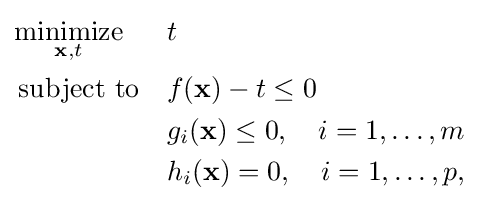
{\begin{aligned}&{\underset {\mathbf {x} ,t}{\operatorname {minimize} }}&&t\\&\operatorname {subject\ to} &&f(\mathbf {x} )-t\leq 0\\&&&g_{i}(\mathbf {x} )\leq 0,\quad i=1,\dots ,m\\&&&h_{i}(\mathbf {x} )=0,\quad i=1,\dots ,p,\end{aligned}}